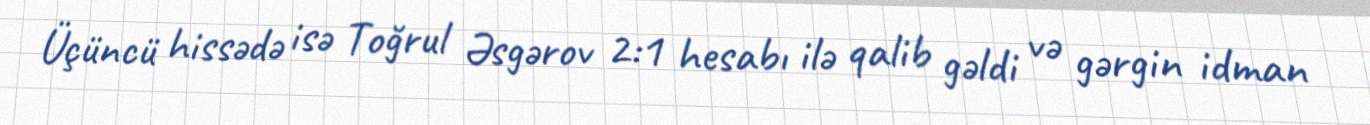
Üçüncü hissədə isə Toğrul Əsgərov 2:1 hesabı ilə qalib gəldi və gərgin idman